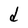
Character: d